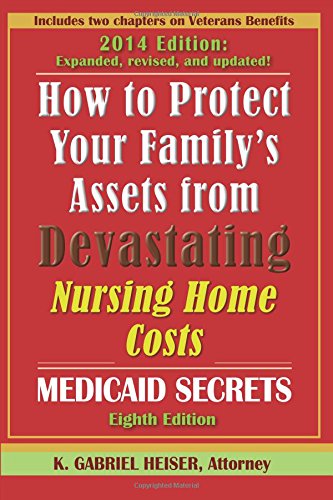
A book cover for How to Protect Your Family's Assets from Devastating Nursing Home Costs: Medicaid Secrets (8th Edition); K. Gabriel Heiser; Medical Books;